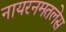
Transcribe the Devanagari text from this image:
नायरनमतलेस